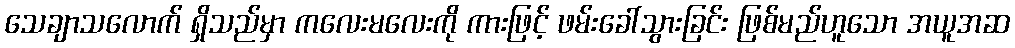
သေချာသလောက် ရှိသည်မှာ ကလေးမလေးကို ကားဖြင့် ဖမ်းခေါ်သွားခြင်း ဖြစ်မည်ဟူသော အယူအဆ